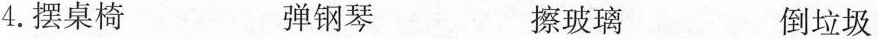
4.摆桌椅 弹钢琴 擦玻璃 倒垃圾